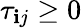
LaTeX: \tau_{\mathbf{i}j}\geq0